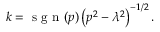
k = \mathrm { ~ s ~ g ~ n ~ } ( p ) \left( p ^ { 2 } - \lambda ^ { 2 } \right) ^ { - 1 / 2 } .